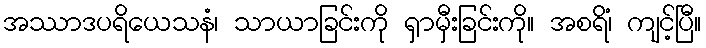
အဿာဒပရိယေသနံ၊ သာယာခြင်းကို ရှာမှီးခြင်းကို။ အစရိံ၊ ကျင့်ပြီ။